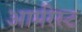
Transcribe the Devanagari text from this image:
आर्मरेस्ट